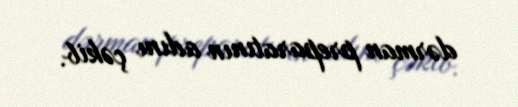
dərman preparatının adını çəkib.